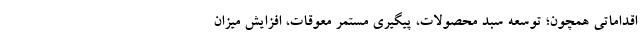
اقداماتی همچون؛ توسعه سبد محصولات، پیگیری مستمر معوقات، افزایش میزان